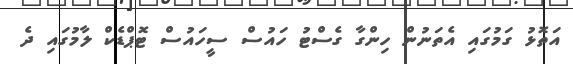
އަތޮޅު ގަމުގައި އެތަނުން ހިންގާ ގެސްޓު ހައުސް ސީހައުސް ޓޮޕްޑެކް ލާމުގައި ދެ